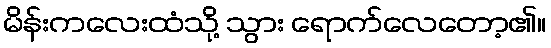
မိန်းကလေးထံသို့ သွား ရောက်လေတော့၏။